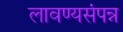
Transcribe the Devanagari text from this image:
लावण्यसंपन्न